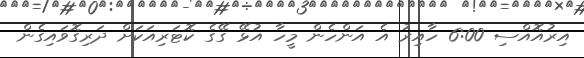
އިރުއޮއްސި 6:00 ހާއިރު އެ އަންހެން މީހާ އުޅޭ ގޭގެ ކޮޓަރިއަކަށް ދަރިގޮވައިގެން